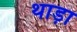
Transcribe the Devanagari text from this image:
थाड़ा